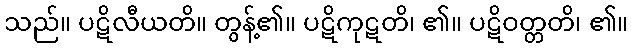
သည်။ ပဋိလီယတိ။ တွန့်၏။ ပဋိကုဋတိ၊ ၏။ ပဋိဝတ္တတိ၊ ၏။